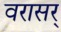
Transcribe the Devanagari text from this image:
वरासर्